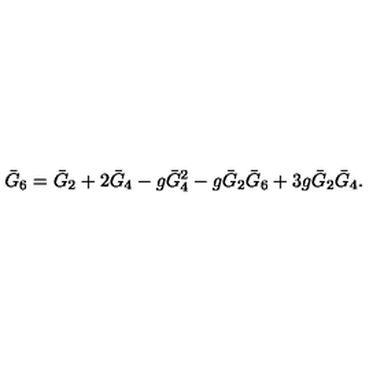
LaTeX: \bar { G } _ { 6 } = \bar { G } _ { 2 } + 2 \bar { G } _ { 4 } - g \bar { G } _ { 4 } ^ { 2 } - g \bar { G } _ { 2 } \bar { G } _ { 6 } + 3 g \bar { G } _ { 2 } \bar { G } _ { 4 } .